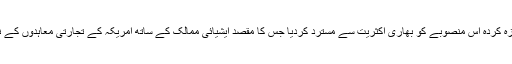
جمعے کو ایوانِ نمائندگان نے اوباما انتظامیہ کی جانب سے بِل میں تجویزہ کردہ اس منصوبے کو بھاری اکثریت سے مسترد کردیا جس کا مقصد ایشیائی ممالک کے ساتھ امریکہ کے تجارتی معاہدوں کے نتیجے میں بے روزگار ہونے والے امریکیوں کو مالی مدد فراہم کرنا تھا۔